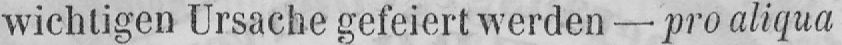
wichtigen Ursache gefeiert werden - pro aliqua